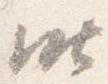
昨